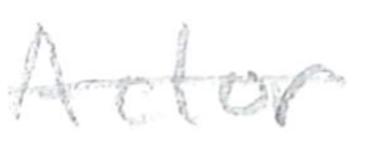
Text: Actor
Cross-out: mix
Writing tool: pencil